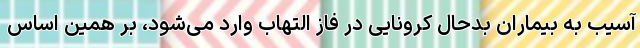
آسیب به بیماران بدحال کرونایی در فاز التهاب وارد می‌شود، بر همین اساس